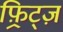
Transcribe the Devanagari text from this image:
फ़्रिट्ज़